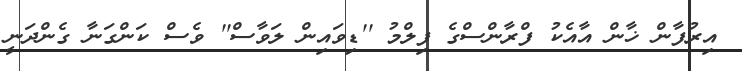
އިރުފާން ޚާން އާއެކު ފްރާންސްގެ ފިލްމު ''ޑިވައިން ލަވާސް'' ވެސް ކަންގަނާ ގެންދަނީ